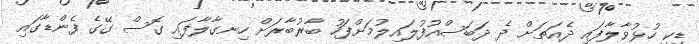
ޑިކީ ހުޅުވާލާފައި ދެއަތަށް ދެ ދަބަސްއުފުލައިލުމަށްފަހު ބާރުބާރަށް ހިނގާލާފައި ގޮސް ގޭގެ ފެންޑާގައި